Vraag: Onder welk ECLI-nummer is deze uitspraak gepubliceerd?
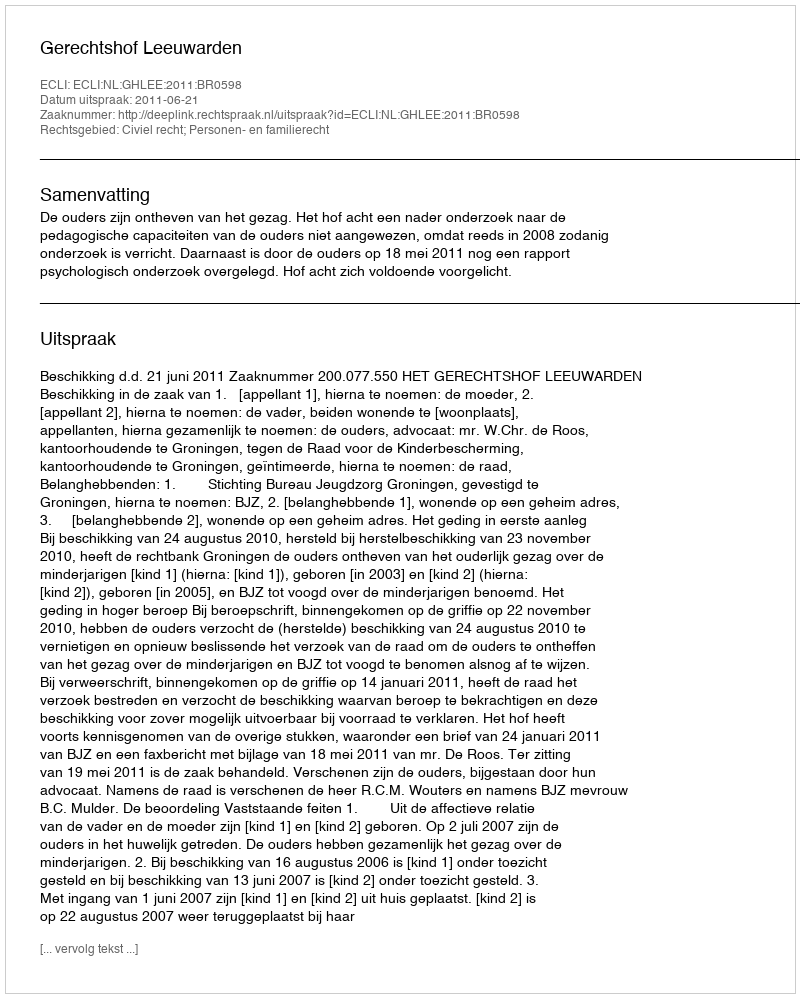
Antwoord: ECLI:NL:GHLEE:2011:BR0598